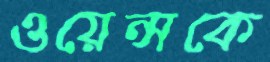
ওয়েন্সকে